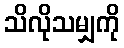
သိလိုသမျှကို